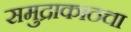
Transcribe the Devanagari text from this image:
समुद्राकाठचा